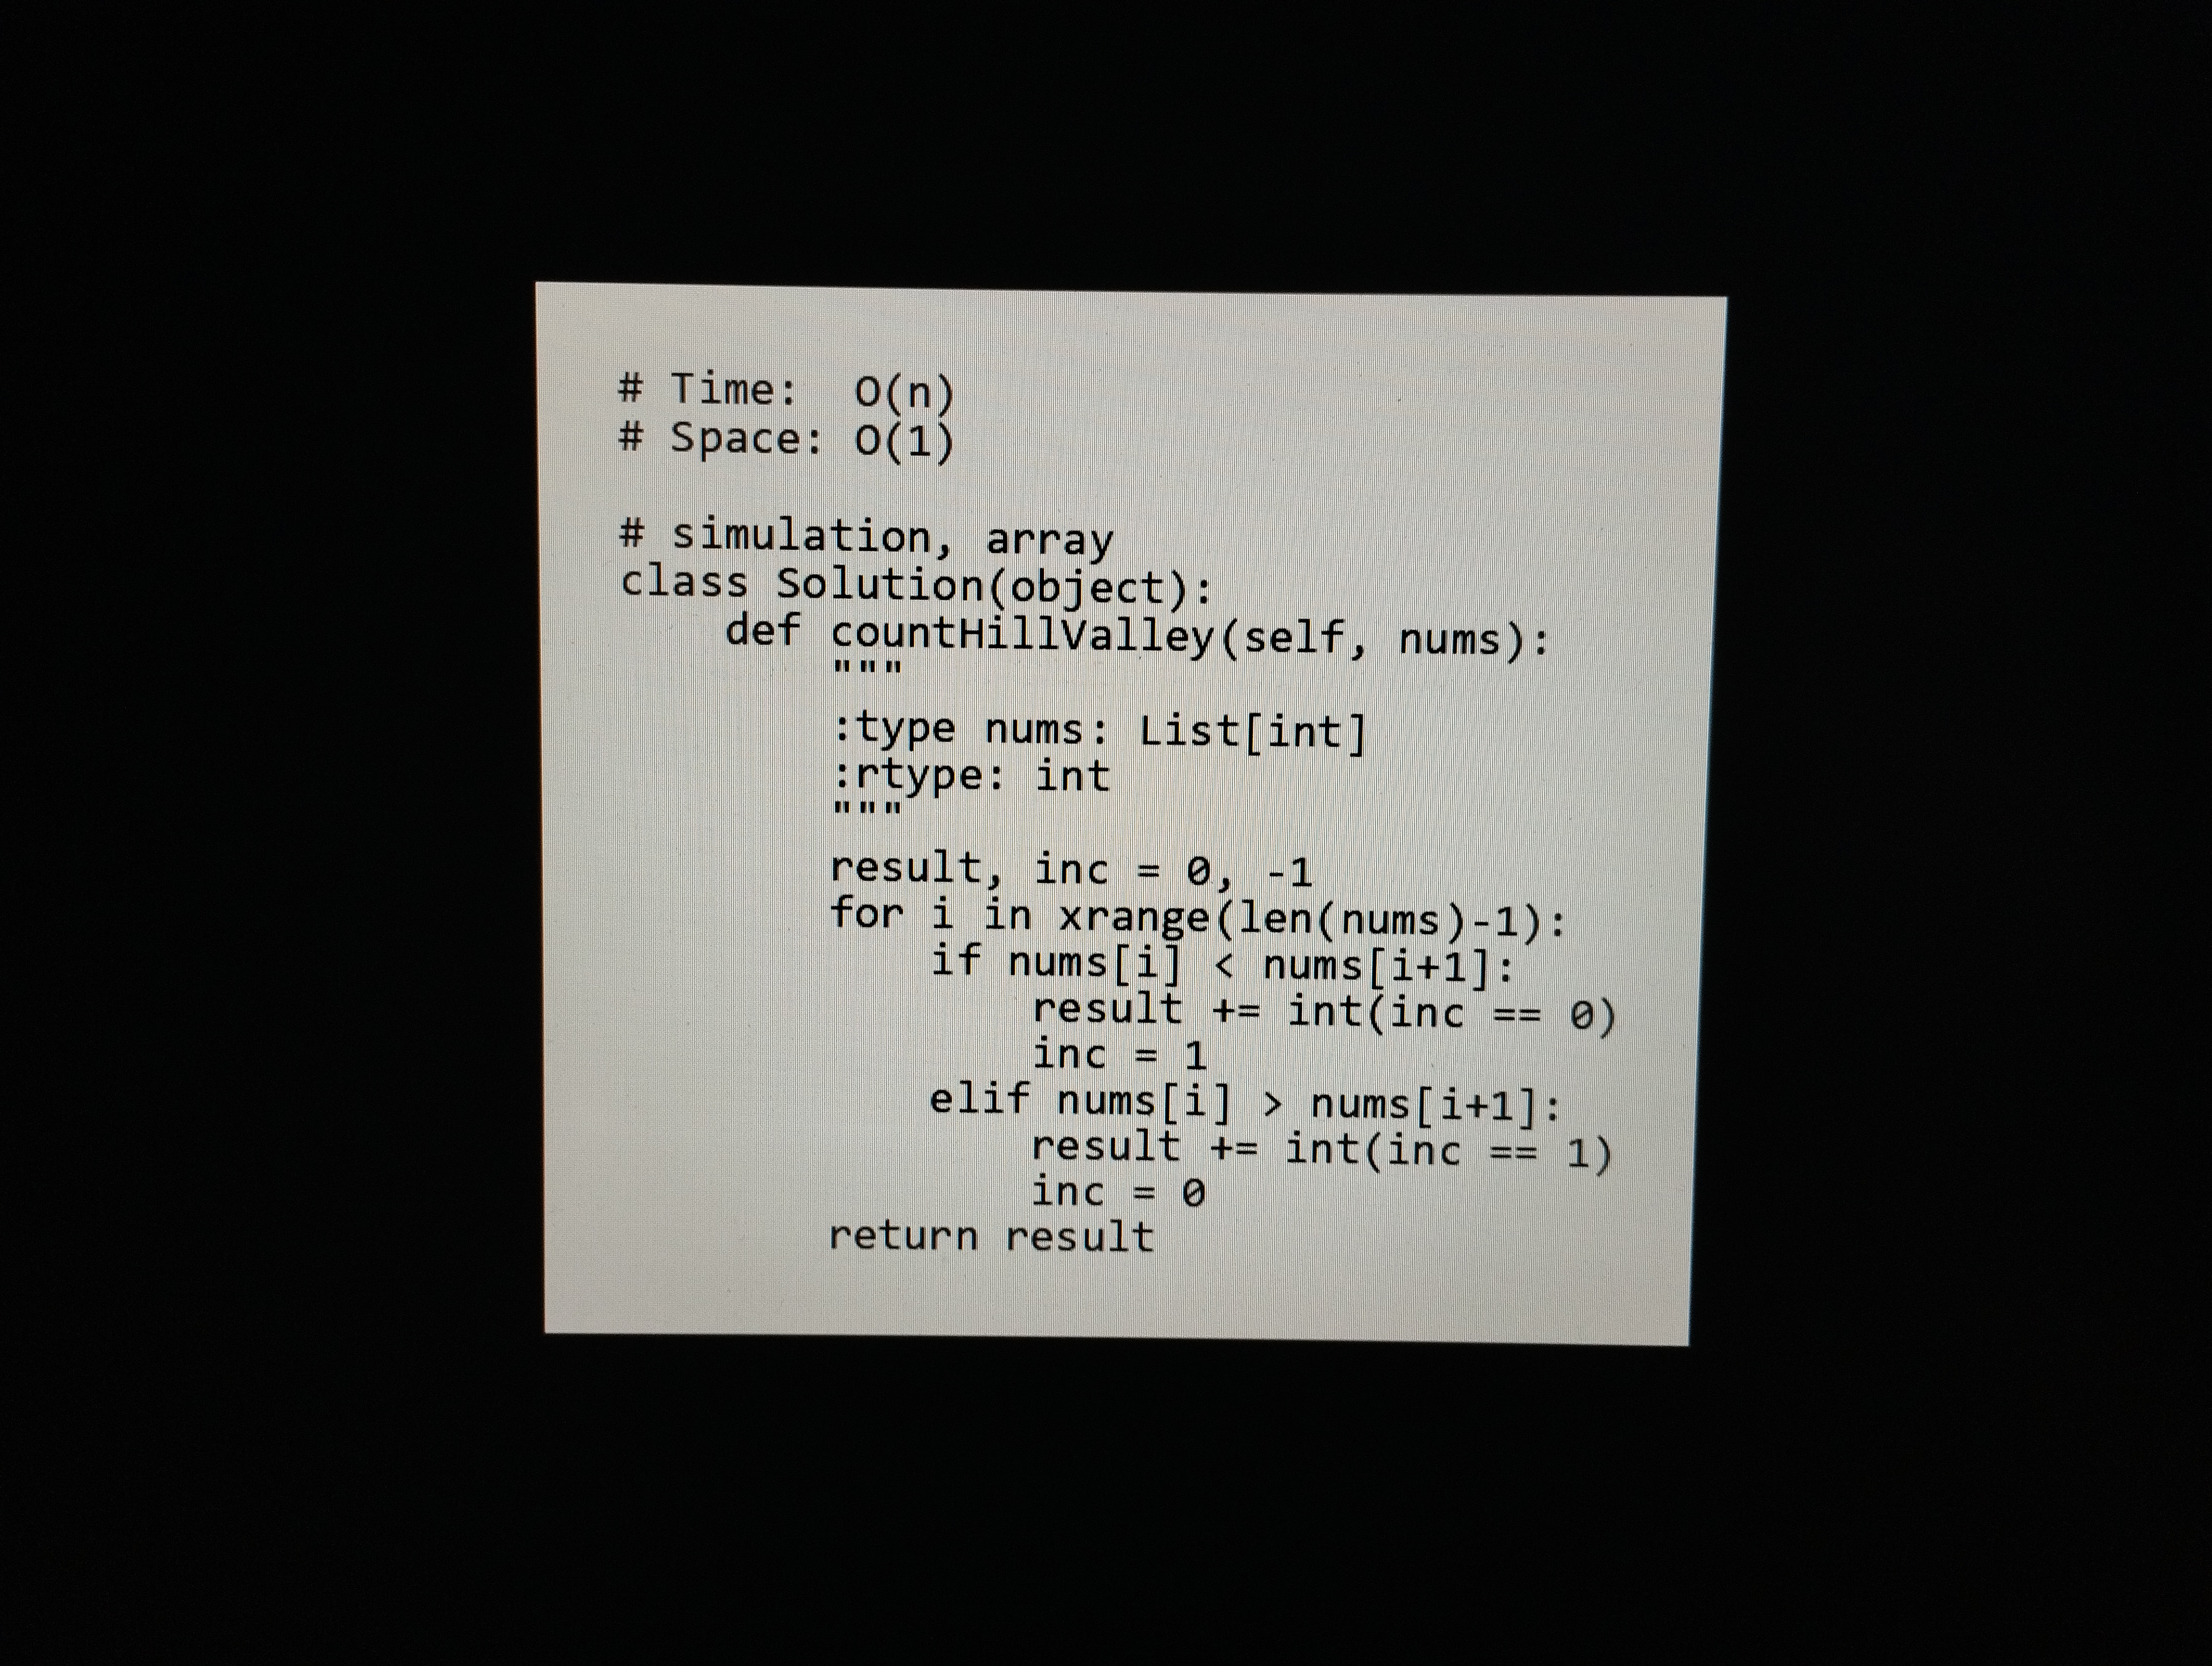
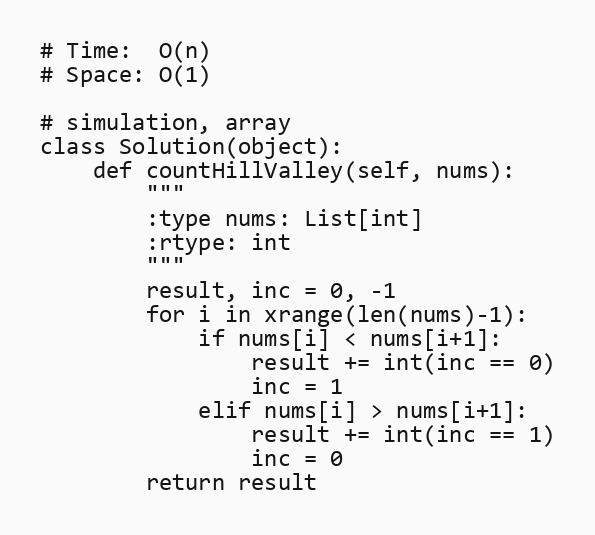
# Time:  O(n)
# Space: O(1)

# simulation, array
class Solution(object):
    def countHillValley(self, nums):
        """
        :type nums: List[int]
        :rtype: int
        """
        result, inc = 0, -1
        for i in xrange(len(nums)-1):
            if nums[i] < nums[i+1]:
                result += int(inc == 0)
                inc = 1
            elif nums[i] > nums[i+1]:
                result += int(inc == 1)
                inc = 0
        return result